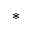
^ \ast